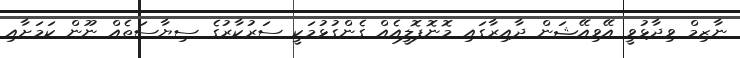
ނާޒިމް ވިދާޅުވީ އޭވިއޭޝަން ދާއިރާގައި މޮނޮޕޮލީއެއް ގެންގުޅުމަކީ ސަރުކާރުގެ ސިޔާސަތެއް ނޫން ކަމަށާއި